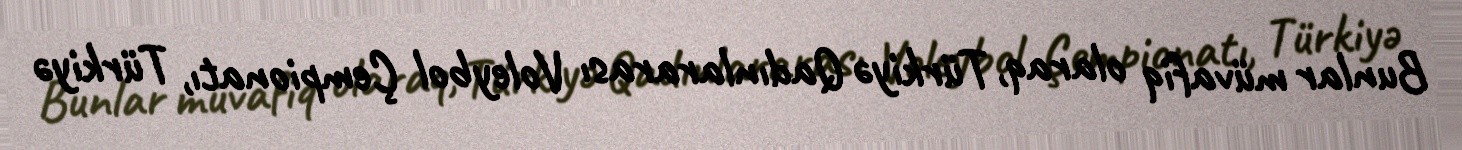
Bunlar müvafiq olaraq, Türkiyə Qadınlararası Voleybol Çempionatı, Türkiyə